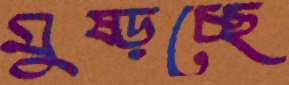
মুষ্‌ড়চ্ছে